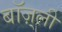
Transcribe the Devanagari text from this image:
बॉज़्ली